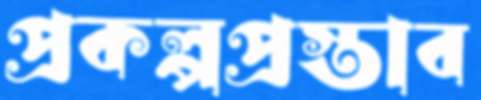
প্রকল্পপ্রস্তাব